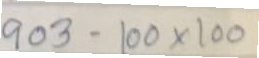
903 - 100 x 100